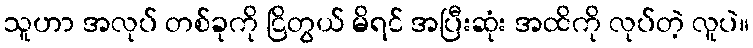
သူဟာ အလုပ် တစ်ခုကို ငြိတွယ် မိရင် အပြီးဆုံး အထိကို လုပ်တဲ့ လူပဲ။